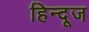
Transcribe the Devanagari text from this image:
हिन्दूज